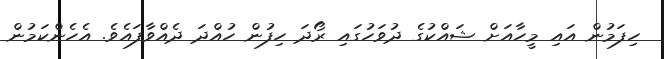
ހިފަމުން އައި މީހާއަށް ޝައްކުގެ ދުވަހުގައި ރޯދަ ހިފުން ހުއްދަ ދެއްވާފައެވެ. އެހެންކަމުން